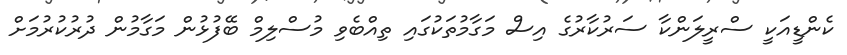
ކެންޑީއަކީ ސްރީލަންކާ ސަރުކާރުގެ އިސް މަގާމުތަކުގައި ތިއްބެވި މުސްލިމް ބޭފުޅުން މަގާމުން ދުރުކުރުމަށް